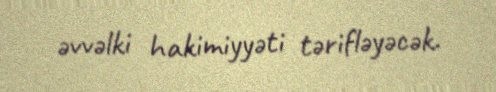
əvvəlki hakimiyyəti tərifləyəcək.